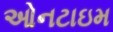
ઓનટાઇમ